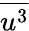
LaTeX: \overline{{u^{3}}}